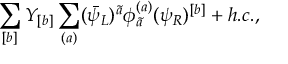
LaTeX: \sum _ { [ b ] } Y _ { [ b ] } \sum _ { ( a ) } ( \bar { \psi } _ { L } ) ^ { \tilde { a } } \phi _ { \tilde { a } } ^ { ( a ) } ( \psi _ { R } ) ^ { [ b ] } + h . c . ,